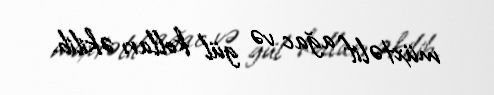
müxtəlif ağac və gül kolları əkilib.